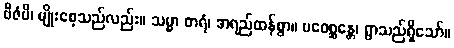
ဗီဇံပိ၊ မျိုးစေ့သည်လည်း။ သမ္မာ ဓာရံ၊ အရည်ထန်စွာ။ ပဝေစ္ဆန္တေ၊ ရွာသည်ရှိသော်။